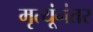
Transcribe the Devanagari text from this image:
मृत्यूंनंतर